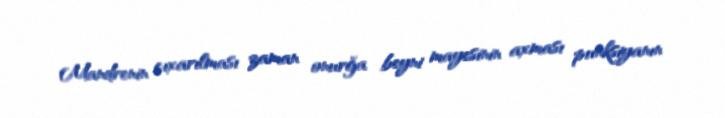
Mandrenin çıxarılması zaman onurğa beyni mayesinin axması punksiyanın